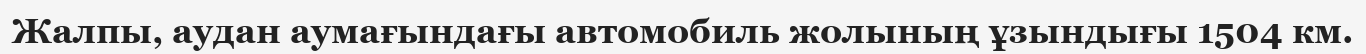
Жалпы, аудан аумағындағы автомобиль жолының ұзындығы 1504 км.